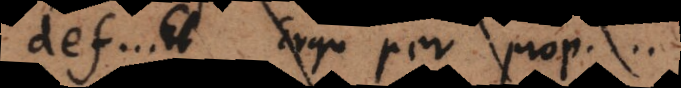
def.... Ergo per prop....